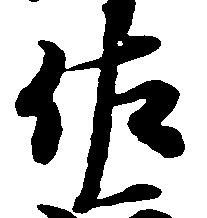
佐